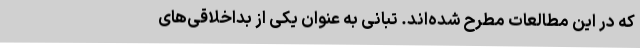
که در این مطالعات مطرح شده‌اند. تبانی به عنوان یکی از بداخلاقی‌های